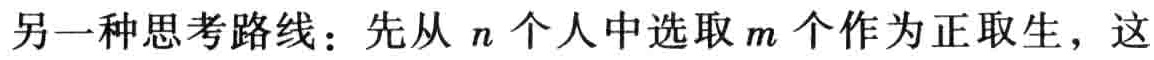
另一种思考路线：先从 \(n\) 个人中选取 \(m\) 个作为正取生，这